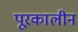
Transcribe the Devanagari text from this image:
पूरकालीन